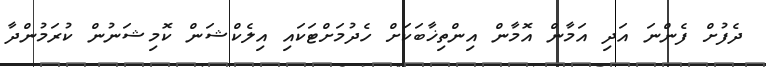
ދެފުށް ފެންނަ އަދި އަމާން އޮމާން އިންތިޚާބަކަށް ހެދުމަށްޓަކައި އިލެކްޝަން ކޮމިޝަނުން ކުރަމުންދާ